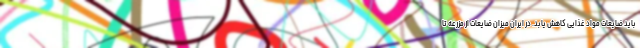
باید ضایعات مواد غذایی کاهش یابد. در ایران میزان ضایعات از مزرعه تا